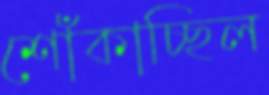
শোঁকাচ্ছিল